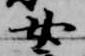
女